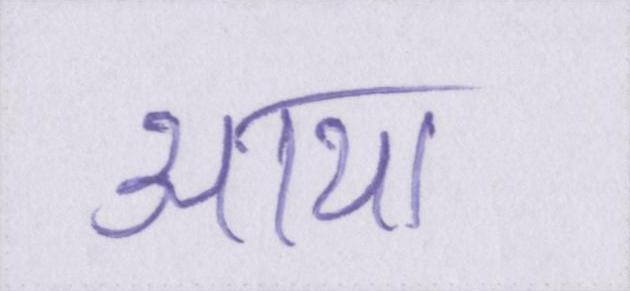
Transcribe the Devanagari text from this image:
आया